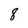
Character: 8